Report of the Indian Hemp Drugs Commission, 1894-1895 - Volume VII
Year: 1894
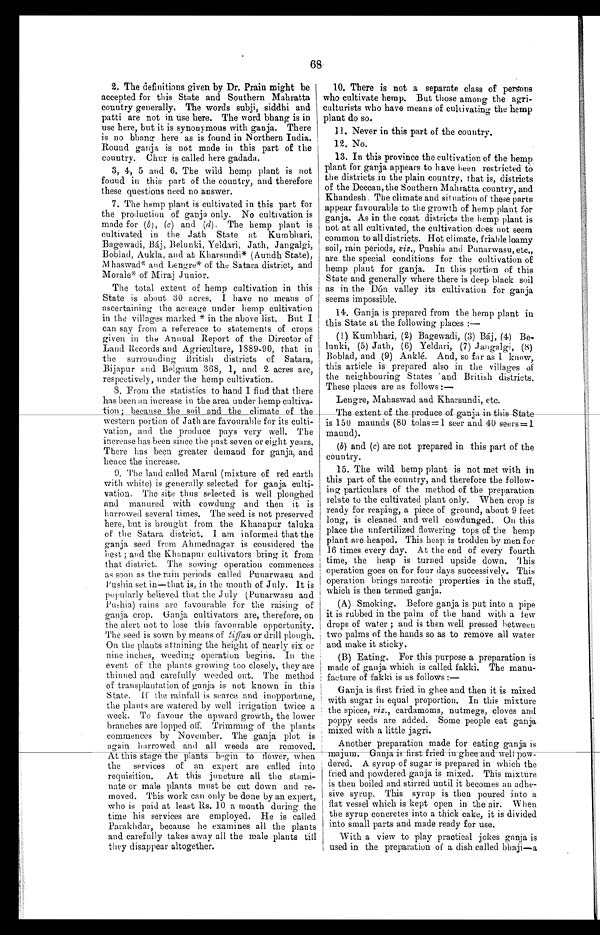
68
2. The definitions given by Dr. Prain might be
accepted for this State and Southern Mahratta
country generally. The words subji, siddhi and
patti are not in use here. The word bhang is in
use here, but it is synonymous with ganja. There
is no bhang here as is found in Northern India.
Round ganja is not made in this part of the
country. Chur is called here gadada.
3, 4, 5 and 6. The wild hemp plant is not
found in this part of the country, and therefore
these questions need no answer.
7. The hemp plant is cultivated in this part for
the production of ganja only. No cultivation is
made for (b), ( c ) and ( d), The hemp plant is
cultivated in the Jath State at Kumbhari,
Bagewadi, Báj, Belunki, Yeldari, Jath, Jangalgi,
Boblad, Aukla, and at Kharsundi* (Aundh State),
Mhaswad* and Lengre* of the Satara district, and
Morale* of Miraj Junior.
The total extent of hemp cultivation in this
State is about 30 acres. I have no means of
ascertaining the acreage under hemp cultivation
in the villages marked * in the above list. But I
can say from a reference to statements of crops
given in the Annual Report of the Director of
Land Records and Agriculture, 1889-90, that in
the surrounding British districts of Satara,
Bijapur and Belgaum 368, 1, and 2 acres are,
respectively, under the hemp cultivation.
8. From the statistics to hand I find that there
has been an increase in the area under hemp cultiva
-
tion; because the soil and the climate of the
western portion of Jath are favourable for its culti
-
vation, and the produce pays very well. The
increase has been since the past seven or eight years.
There has been greater demand for ganja, and
hence the increase.
9. The land called Marul (mixture of red earth
with white) is generally selected for ganja culti
-
vation. The site thus selected is well ploughed
and manured with cowdung and then it is
harrowed several times. The seed is not preserved
here, but is brought from the Khanapur taluka
of the Satara district. I am informed that the
ganja seed from Ahmednagar is considered the
best ; and the Khanapur cultivators bring it from
that district. The sowing operation commences
as soon as the rain periods called Punarwasu and
Pushia set in—that is, in the month of July. It is
popularly believed that the July (Punarwasu and
Pushia) rains are favourable for the raising of
ganja crop. Ganja cultivators are, therefore, on
the alert not to lose this favourable opportunity.
The seed is sown by means of tiffan or drill plough.
On the plants attaining the height of nearly six or
nine inches, weeding operation begins. In the
event of the plants growing too closely, they are
thinned and carefully weeded out. The method
of transplantation of ganja is not known in this
State. If the rainfall is scarce and inopportune,
the plants are watered by well irrigation twice a
week. To favour the upward growth, the lower
branches are lopped off. Trimming of the plants
commences by November. The ganja plot is
again harrowed and all weeds are removed.
At this stage the plants begin to flower, when
the services of an expert are called into
requisition. At this juncture all the stami
-
nate or male plants must be cut down and re
-
moved. This work can only be done by an expert,
who is paid at least Rs. 10 a month during the
time his services are employed. He is called
Parakhdar, because he examines all the plants
and carefully takes away all the male plants till
they disappear altogether.
10. There is not a separate class of persons
who cultivate hemp. But those among the agri
-
culturists who have means of cultivating the hemp
plant do so.
11. Never in this part of the country.
12. No.
13. In this province the cultivation of the hemp
plant for ganja appears to have been restricted to
the districts in the plain country, that is, districts
of the Deccan, the Southern Mahratta country, and
Khandesh. The climate and situation of these parts
appear favourable to the growth of hemp plant for
ganja. As in the coast districts the hemp plant is
not at all cultivated, the cultivation does not seem
common to all districts. Hot climate, friable loamy
soil, rain periods, viz ., Pushia and Punarwasu, etc.,
are the special conditions for the cultivation of
hemp plant for ganja. In this portion of this
State and generally where there is deep black soil
as in the Dón valley its cultivation for ganja
seems impossible.
14. Ganja is prepared from the hemp plant in
this State at the following places:—
(1) Kumbhari, (2) Bagewadi, (3) Báj, (4) Be
-
lunki, (5) Jath, (6) Yeldari, (7) Jangalgi, (8)
Boblad, and (9) Anklé. And, so far as I know,
this article is prepared also in the villages of
the neighbouring States and British districts.
These places are as follows:
—
Lengre, Mahaswad and Kharsundi, etc.
The extent of the produce of ganja in this State
is 150 maunds (80 tolas=1 seer and 40 seers=1
maund).
(b) and (c) are not prepared in this part of the
country.
15. The wild hemp plant is not met with in
this part of the country, and therefore the follow
-
ing particulars of the method of the preparation
relate to the cultivated plant only. When crop is
ready for reaping, a piece of ground, about 9 feet
long, is cleaned and well cowdunged. On this
place the unfertilized flowering tops of the hemp
plant are heaped. This heap is trodden by men for
16 times every day. At the end of every fourth
time, the heap is turned upside down. This
operation goes on for four days successively. This
operation brings narcotic properties in the stuff,
which is then termed ganja.
(A) Smoking. Before ganja is put into a pipe
it is rubbed in the palm of the hand with a few
drops of water ; and is then well pressed between
two palms of the hands so as to remove all water
and make it sticky.
(B) Eating. For this purpose a preparation is
made of ganja which is called fakki. The manu
-
facture of fakki is as follows:
—
Ganja is first fried in ghee and then it is mixed
with sugar in equal proportion. In this mixture
the spices, viz., cardamoms, nutmegs, cloves and
poppy seeds are added. Some people eat ganja
mixed with a little jagri.
Another preparation made for eating ganja is
m a j u m .
Ganja is first fried in ghee and
w e l l p o w -
dered. A syrup of sugar is prepared in which the
fried and powdered ganja is mixed. This mixture
is then boiled and stirred until it becomes an adhe
-
sive syrup. This syrup is then poured into a
flat vessel which is kept open in the air. When
the syrup concretes into a thick cake, it is divided
into small parts and made ready for use.
With a view to play practical jokes ganja is
used in the preparation of a dish called bhaji—a